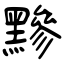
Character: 黲